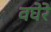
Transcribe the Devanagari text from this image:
वघेरे